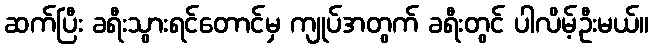
ဆက်ပြီး ခရီးသွားရင်တောင်မှ ကျုပ်အတွက် ခရီးတွင် ပါလိမ့်ဦးမယ်။